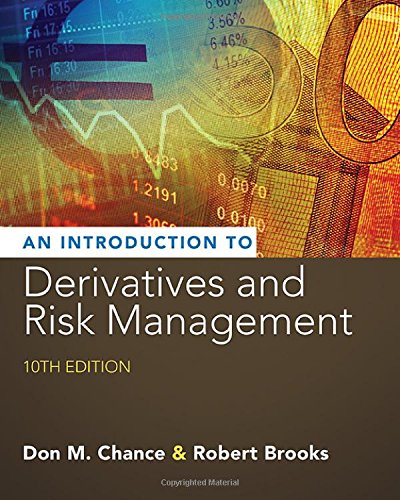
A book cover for Introduction to Derivatives and Risk Management (with Stock-Trak Coupon); Don M. Chance; Business & Money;